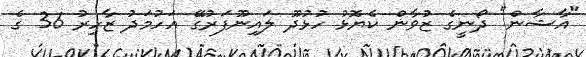
"އާޝާން" ދޯނީގެ ޒުވާން ކެޔޮޅު ހުޅުދޫ ލައިނޫފަރުގޭ އަހުމަދު ޒާހިރު 36 ގެ